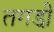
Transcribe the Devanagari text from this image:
तगडी़